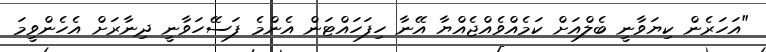
"އަހަރެން ކިޔަވާނީ ބެލްއަށް ކަމެއްވެއްޖެއްޔާ އޭނާ ހިފަހައްޓަން އެންމެ ފަސޭހަވާނީ ދިނާރަށް އެހެންވީމަ